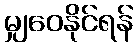
မျှဝေနိုင်ရန်